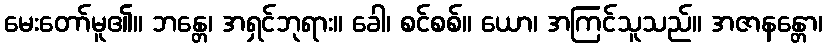
မေးတော်မူ၏။ ဘန္တေ၊ အရှင်ဘုရား။ ခေါ၊ စင်စစ်။ ယော၊ အကြင်သူသည်။ အဇာနန္တော၊